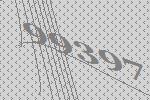
99397